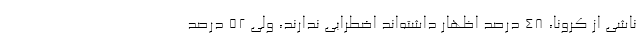
ناشی از کرونا، ۴۸ درصد اظهار داشته‌اند اضطرابی ندارند، ولی ۵۲ درصد